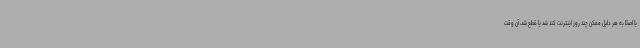
یا اصلاً به هر دلیل ممکن چند روز اینترنت کند شد یا قطع شد، آن وقت